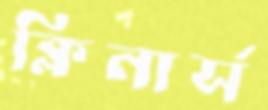
ক্লিনার্স